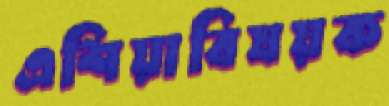
এশিয়াবিষয়ক